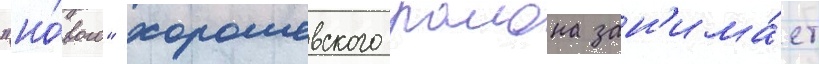
"но́вого" хорошевского раиона зан'има́ет